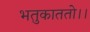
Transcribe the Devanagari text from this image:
भतुकाततो।।